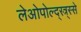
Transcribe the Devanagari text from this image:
लेओपोल्द्स्त्र्स्से